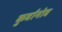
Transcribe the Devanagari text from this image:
कुर्बानोव